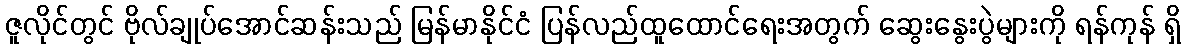
ဇူလိုင်တွင် ဗိုလ်ချုပ်အောင်ဆန်းသည် မြန်မာနိုင်ငံ ပြန်လည်ထူထောင်ရေးအတွက် ဆွေးနွေးပွဲများကို ရန်ကုန် ရှိ